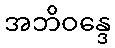
အဘိဝန္ဒေ